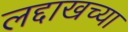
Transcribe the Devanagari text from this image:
लद्दाखच्या